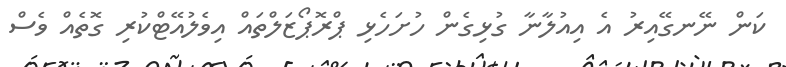
ކަން ނޭނގޭއިރު އެ އިއުލާނާ ގުޅިގެން ހުށަހެޅި ޕްރޮޕޯޒަލްތައް އިވެލުއޭޓްކުރި ގޮތެއް ވެސް